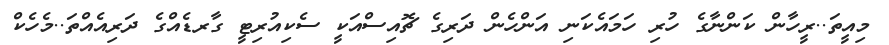
މިއީތަ..ރީހާން ކަންނާގެ ހުރި ހަމައެކަނި އަންހެން ދަރިގެ ޗޮއިސްއަކީ ސެކިއުރިޓީ ގާރޑެއްގެ ދަރިއެއްތަ..މެހެކް